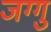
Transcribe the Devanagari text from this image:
जग्गु